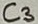
Text: C3